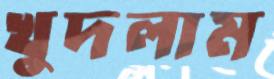
খুদলাম